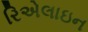
રિએલાઇન